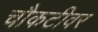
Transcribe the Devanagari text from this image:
चौकटीवर